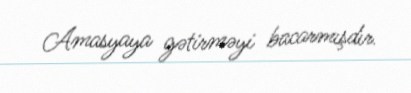
Amasyaya gətirməyi bacarmışdır.